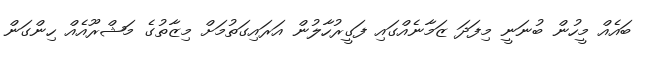
ބައެއް މީހުން ބުނަނީ މިފަދަ ޒަމާނެއްގައި ފަގީރުހާލުން އަރައިގަތުމަށް މިޒާތުގެ މަޝްރޫއެއް ހިންގަން